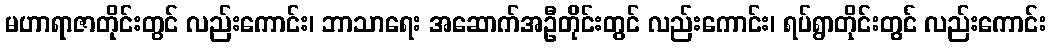
မဟာရာဇာတိုင်းတွင် လည်းကောင်း၊ ဘာသာရေး အဆောက်အဦတိုင်းတွင် လည်းကောင်း၊ ရပ်ရွာတိုင်းတွင် လည်းကောင်း